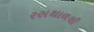
રસથાળથી